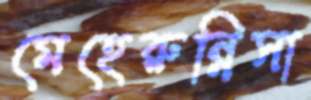
মেহেরুন্নিসা